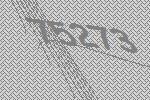
75273